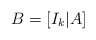
\begin{align*}B=[I_k | A]\end{align*}